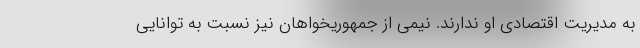
به مدیریت اقتصادی او ندارند. نیمی از جمهوریخواهان نیز نسبت به توانایی